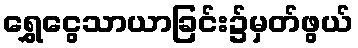
ရွှေငွေသာယာခြင်း၌မှတ်ဖွယ်